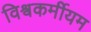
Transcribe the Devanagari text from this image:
विश्वकर्मीयम